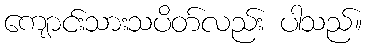
ကျောင်းသားသပိတ်လည်း ပါသည်။